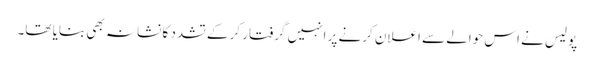
پولیس نے اس حوالے سے اعلان کرنے پر انہیں گرفتار کر کے تشدد کا نشانہ بھی بنایا تھا۔